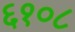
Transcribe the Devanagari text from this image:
६१०८